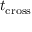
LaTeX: t _ { \mathrm { c r o s s } }